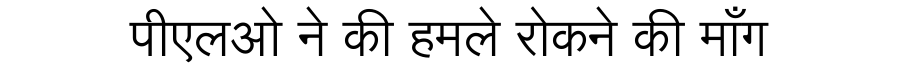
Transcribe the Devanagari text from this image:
पीएलओ ने की हमले रोकने की माँग